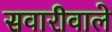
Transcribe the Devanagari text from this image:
सवारीवाले